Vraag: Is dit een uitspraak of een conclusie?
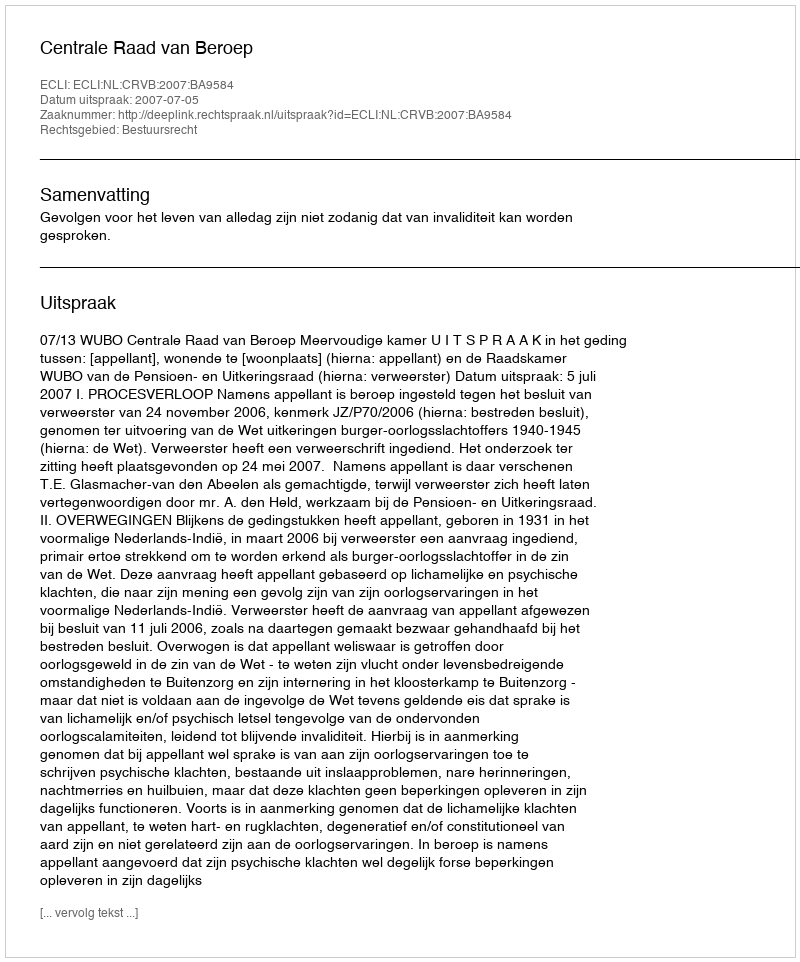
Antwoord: Uitspraak